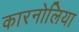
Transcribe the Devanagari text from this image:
कारनोलिया